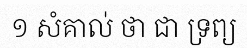
១ សំគាល់ ថា ជា ទ្រព្យ